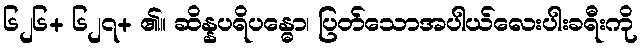
၆၂၆+ ၆၂၇+ ၏။ ဆိန္နပရိပန္ဓော၊ ပြတ်သောအပါယ်လေးပါးခရီးကို